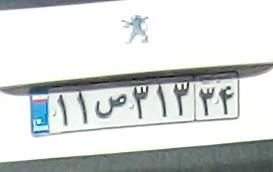
۱۱ص۳۱۳۳۴